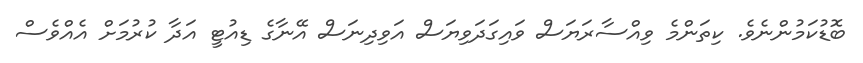
ބޮޑުކަމުންނެވެ. ކިތަންމެ ވިއްސާރަޔަސް ވައިގަދަވިޔަސް އަވިދިނަސް އޭނާގެ ޑިއުޓީ އަދާ ކުރުމަށް އެއްވެސް